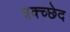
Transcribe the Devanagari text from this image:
त्रक्च्छेद